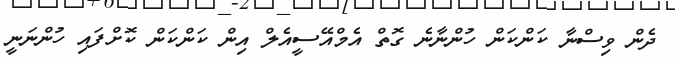
ދެން ވިސްނާ ކަންކަން ހުންނާނެ ގޮތް އެމްއޭސީއެލް އިން ކަންކަން ކޮށްފައި ހުންނަނީ